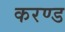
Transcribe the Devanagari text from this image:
करण्ड